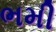
ભમી